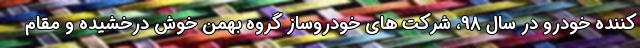
کننده خودرو در سال 98، شرکت های خودروساز گروه بهمن خوش درخشیده و مقام